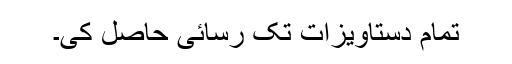
تمام دستاویزات تک رسائی حاصل کی۔